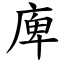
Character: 庳